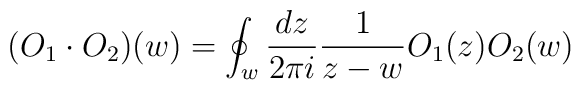
\big (O_1 \cdot O_2\big ) (w) = \oint_w \frac{dz}{2 \pi i} \frac{1}{z-w} O_1(z) O_2(w)